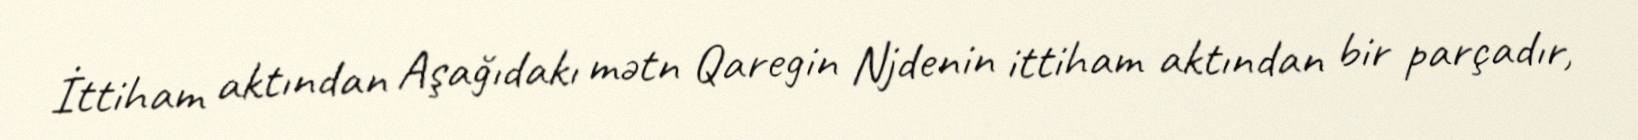
İttiham aktından Aşağıdakı mətn Qaregin Njdenin ittiham aktından bir parçadır,